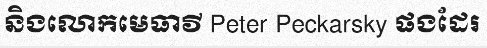
និងលោកមេធាវី Peter Peckarsky ផងដែរ